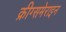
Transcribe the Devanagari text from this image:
क्रीग्समेराइन